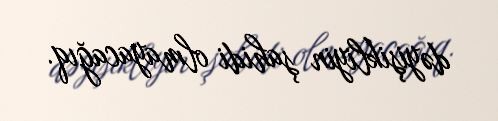
dəyişikliyin şahidi olmayacağıq.